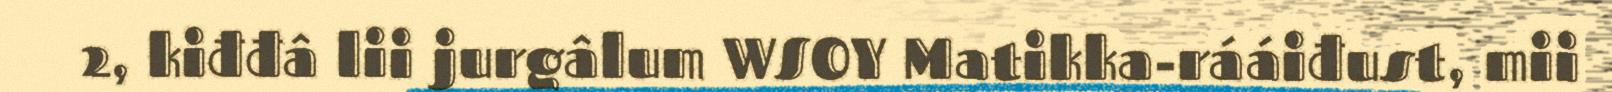
2, kiđđâ lii jurgâlum WSOY Matikka-rááiđust, mii